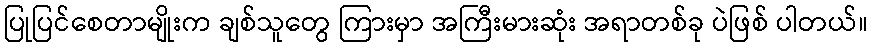
ပြုပြင်စေတာမျိုးက ချစ်သူတွေ ကြားမှာ အကြီးမားဆုံး အရာတစ်ခု ပဲဖြစ် ပါတယ်။